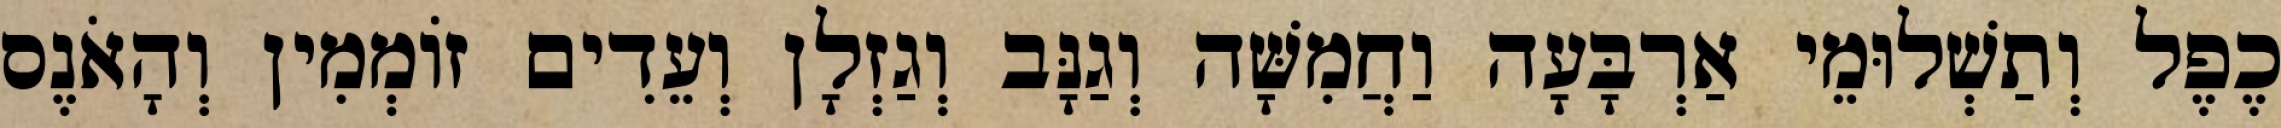
כֶפֶל וְתַשְׁלוּמֵי אַרְבָּעָה וַחֲמִשָּׁה וְגַנָּב וְגַזְלָן וְעֵדִים זוֹמְמִין וְהָאֹנֶס